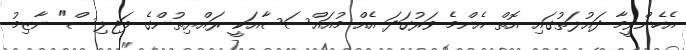
އެހެންވީމާ ދައުލަތުގައި އޮތް އެންމެ ވަރުގަދަ އެއް މުއައްސަސާއަކީ ރައްޔިތުންގެ މަޖިލިސް" ނާޒިމު